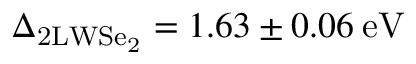
\Delta _ { \mathrm { 2 L W S e _ { 2 } } } = 1 . 6 3 \pm 0 . 0 6 \: \mathrm { e V }